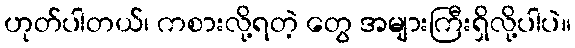
ဟုတ်ပါတယ်၊ ကစားလို့ရတဲ့ တွေ အများကြီးရှိလို့ပါပဲ။